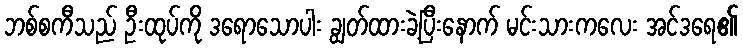
ဘစ်စကီသည် ဦးထုပ်ကို ဒရောသောပါး ချွတ်ထားခဲ့ပြီးနောက် မင်းသားကလေး အင်ဒရေ၏